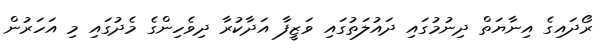
ރޯދައިގެ އިނާޔަތް ދިނުމުގައި ދައުލަތުގައި ވަޒީފާ އަދާކުރާ ދިވެހިންގެ މެދުގައި މި އަހަރުން